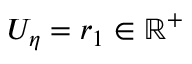
U _ { \eta } = r _ { 1 } \in \mathbb { R } ^ { + }